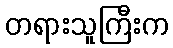
တရားသူကြီးက